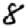
Digit: 8